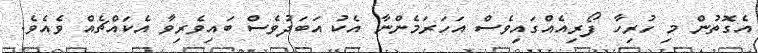
އެގޮތުން މި ހުރިހާ ފޯރިއެއްގައިވެސް އަހަރަމެންނާ އެކު އަބަދުވެސް ބައިވެރިވާ އެކައްޗެއް ވެއެވެ.